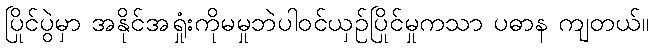
ပြိုင်ပွဲမှာ အနိုင်အရှုံးကိုမမှုဘဲပါဝင်ယှဉ်ပြိုင်မှုကသာ ပဓာန ကျတယ်။